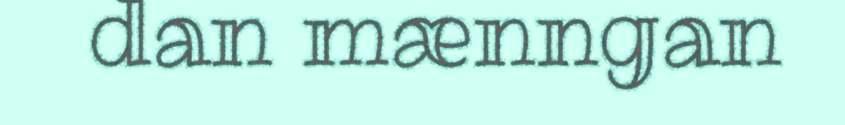
dan mænngan